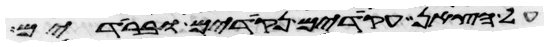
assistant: על הצאן עקודים נקודים וברודים